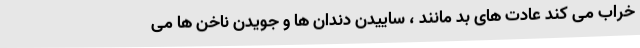
خراب می کند عادت های بد مانند ، ساییدن دندان ها و جویدن ناخن ها می